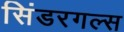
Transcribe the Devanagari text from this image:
सिंडरगल्स